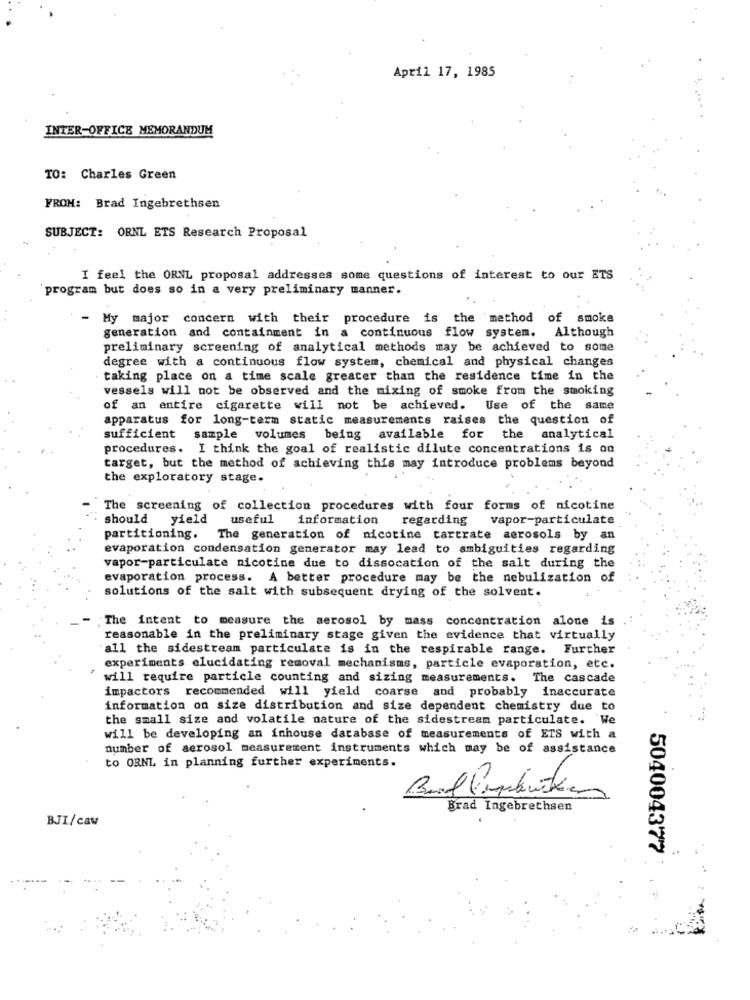
April 17, 1985
INTER-OFFICE MEMORANDUM
TO: Charles Green
FROM: Brad Ingebrethsen
SUBJECT: ORNL ETS Research Proposal
I feel the ORNL proposal addresses some questions of interest to our ETS
program but does so in a very preliminary manner.
- My major concern with their procedure is the method of smoke
generation and containment in a continuous flow system. Although
preliminary screening of analytical methods may be achieved to some
degree with a continuous flow system, chemical and physical changes
taking place on a time scale greater than the residence time in the
vessels will not be observed and the mixing of smoke from the smoking
of an entire cigarette will not be achieved. Use of the same
apparatus for long-term static measurements raises the question of
sufficient sample volumes being available for the analytical
procedures. I think the goal of realistic dilute concentrations is on
target, but the method of achieving this may introduce problems beyond
the exploratory stage.
The screening of collection procedures with four forms of nicotine
should yield
useful information
regarding
vapor-particulate
partitioning. The generation of nicotine tartrate aerosols by an
evaporation condensation generator may lead to ambiguities regarding
vapor-particulate nicotine due to dissocation of the salt during the
evaporation process. A better procedure may be the nebulization of
solutions of the salt with subsequent drying of the solvent.
The intent to measure the aerosol by mass concentration alone is
reasonable in the preliminary stage given the evidence that virtually
all the sidestream particulate is in the respirable range. Further
experiments elucidating removal mechanisms, particle evaporation, etc.
will require particle counting and sizing measurements. The cascade
impactors recommended will yield coarse and probably inaccurate
information on size distribution and size dependent chemistry due to
the small size and volatile nature of the sidestream particulate. We
will be developing an inhouse database of measurements of ETS with a
number of aerosol measurement instruments which may be of assistance
to ORNL in planning further experiments.
Brad Ingebrethsen
BJI/caw
504004377